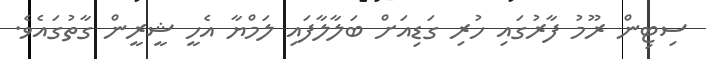
ސިޓިން ރޫމު ފާރުގައި ހުރި ގަޑިއަށް ބަލާލާފައި ލަމްޔާ އެހީ ޝީރީން ގާތުގައެވެ.